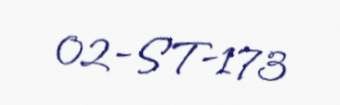
02-ST-173